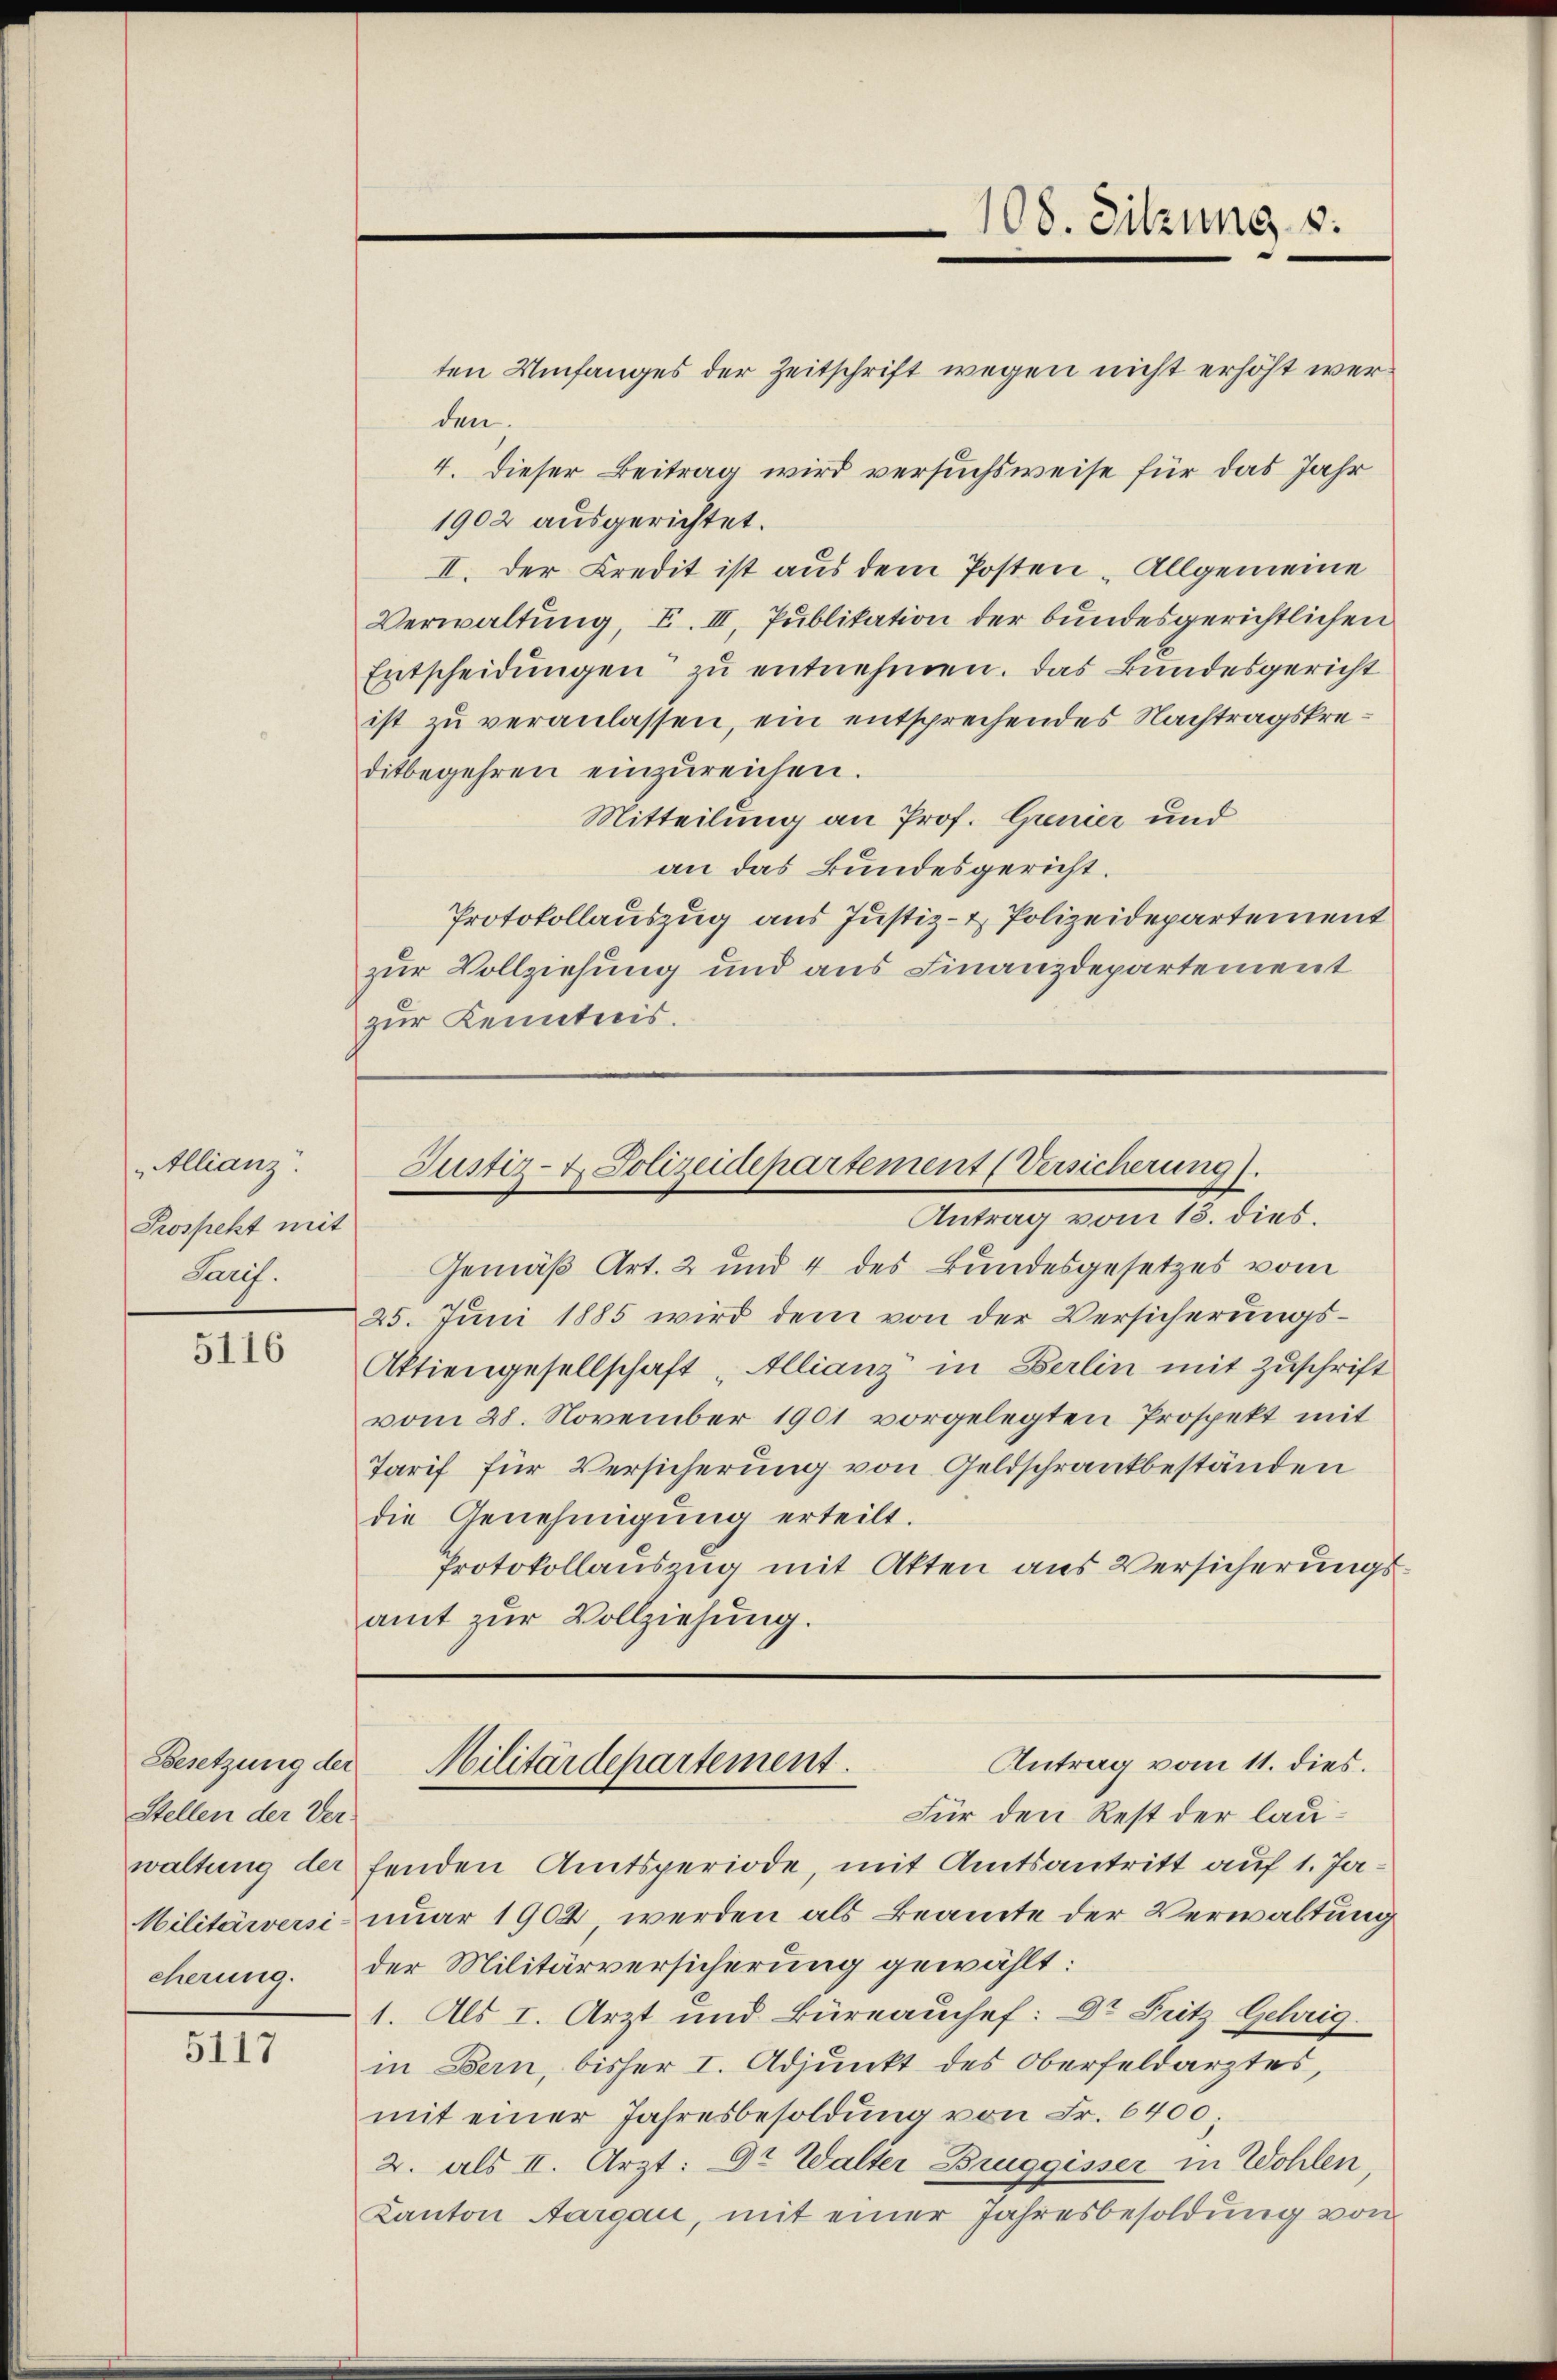
Allianz.
Prospekt mit
Paris.

5116

Stellen der Ver-

5117

108. Sitzung v.

ten Umfanges der Zeitschrift wegen nicht erhöht werden.
4. Dieser Beitrag wird versuchsweise für das Jahr
1902 ausgerichtet.
II. Der Credit ist aus dem Posten - Allgemeine
Verwaltung, I. III. Publikation der bundesgerichtlichen
Entscheidungen zu entnehmen. Das Bundesgericht
ist zu veranlassen, ein entsprechendes Nachtragskreditbegehren einzŭreichen.
Mitteilung an Prof. Genier und
an das Bundesgericht.
Protokollauszug aus Justiz- & Polizeidepartement
zur Vollziehung und aus Finanzdepartement
zur Kenntnis.

Justiz- & Polizeidepartement (Versicherung).
Antrag vom 13. dies.

Gemäß Art. 2 und 4 des Bundesgesetzes vom
25. Juni 1885 wird dem von der Versicherungs¬
Aktiengesellschaft „Allianz in Berlin mit Zuschrift
vom 28. November 1901 vorgelegten Prospekt mit
Tarif für Versicherung von Geldschrankbeständen
die Genehmigung erteilt.
Protokollauszug mit Akten aus Versicherungsamt zŭr Vollziehung.

Für den Rest der lauwaltung der fenden Amtsperiode, mit Amtsantritt auf 1. Ja¬
Militärversi nuar 1902, werden als Beamte der Verwaltung
cherum. Der Militärversicherung gewählt:
1. Als I. Arzt und Büreauchef: Dr Fritz Gehrig
in Bern, bisher I. Adjunkt des Oberfeldarztes,
mit einer Jahresbesoldung von Fr. 6400;
2. als II. Arzt: Dr. Walter Bruggisser in Wohlen,
Kanton Aargau, mit einer Jahresbesoldung von

Antrag vom 11. dies.
Besetzung der Militärdepartement.